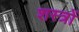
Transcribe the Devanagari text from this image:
शस्‍त्रों